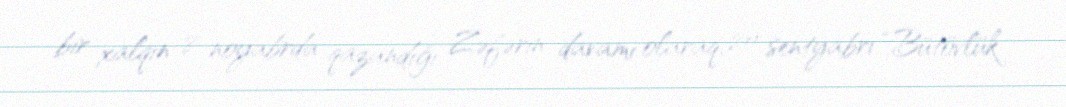
bir xalqın 8 noyabrda qazandığı Zəfərin davamı olaraq, 20 sentyabrı “Bütövlük